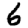
Digit: 6